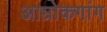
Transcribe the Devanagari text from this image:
आम्रोकगांग